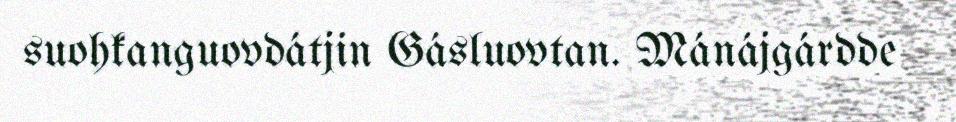
suohkanguovdátjin Gásluovtan. Mánájgárdde